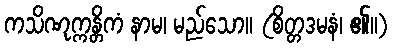
ကသိဏုက္ကန္တိကံ နာမ၊ မည်သော။ (စိတ္တဒမနံ၊ ၏။)